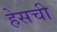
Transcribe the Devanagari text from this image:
हेसची